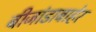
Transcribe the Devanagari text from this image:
बीजांडाबाहेर